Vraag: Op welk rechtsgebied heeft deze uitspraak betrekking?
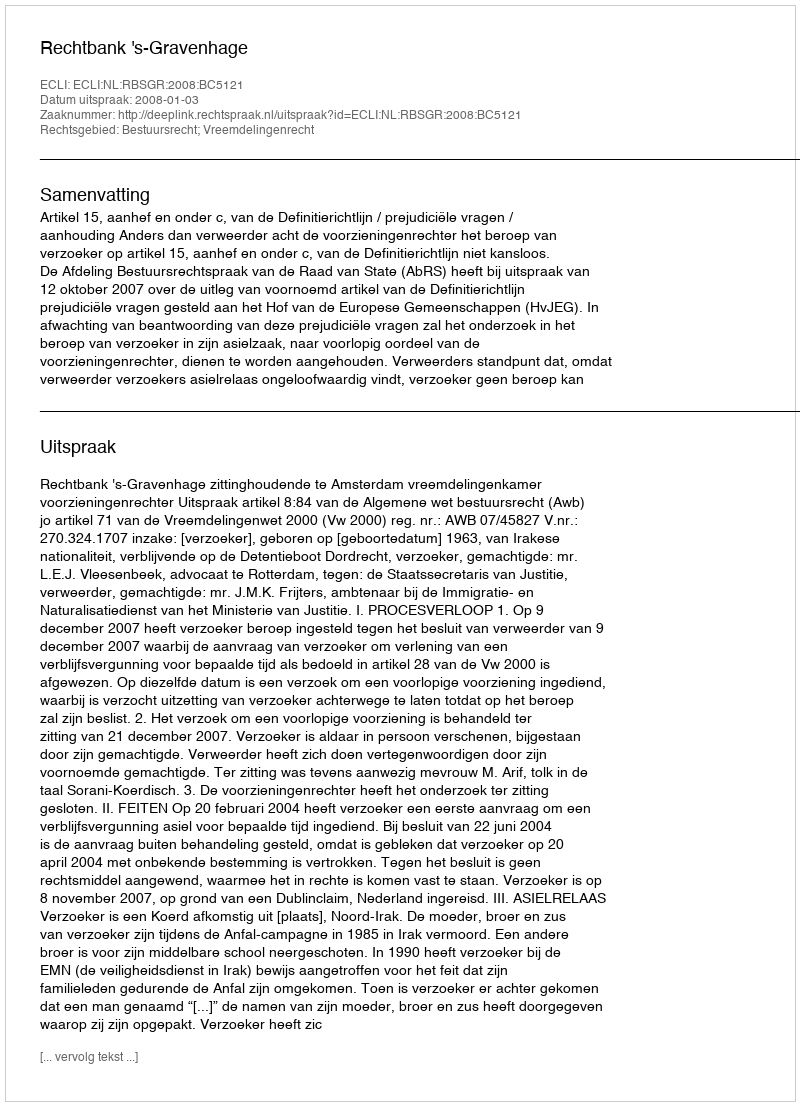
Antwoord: Bestuursrecht; Vreemdelingenrecht